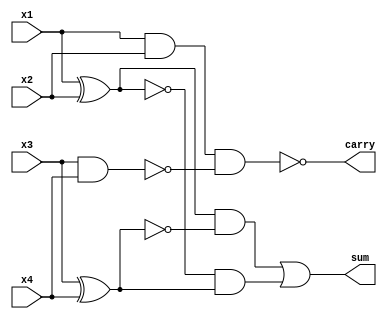
module lin(x1,x2,x3,x4,sum,carry);
 output sum,carry;
 input x1,x2,x3,x4;
  
 wire i1,i2,s;
  
 assign i1=x1^x2;//input1 of mux
 assign i2=~i1;//input 2 of mux
 assign s=x3^x4; // select line of mux
 assign sum=(i1&(~s))|(i2&s);//Sum or output of mux
 assign carry = (~(~(~(x1&x2))&(~(x3&x4)))&(~(i1&i2))); // Carry Out

endmodule